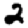
Digit: 2